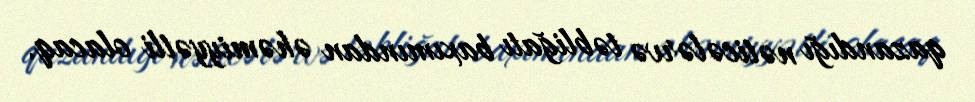
qazandığı nəticələrvə təbliğatı baxımından əhəmiyyətli olacaq.